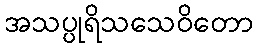
အသပ္ပုရိသသေဝိတော